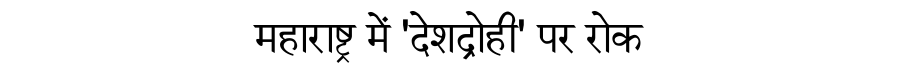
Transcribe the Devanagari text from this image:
महाराष्ट्र में 'देशद्रोही' पर रोक